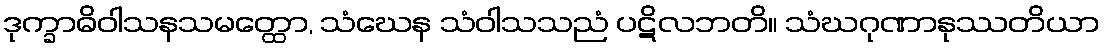
ဒုက္ခာဓိဝါသနသမတ္ထော, သံဃေန သံဝါသသညံ ပဋိလဘတိ။ သံဃဂုဏာနုဿတိယာ